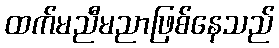
ထက်မညီမညာဖြစ်နေသည်